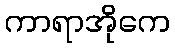
ကာရာအိုကေ